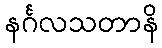
နင်္ဂလသတာနိ